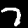
Digit: 7